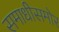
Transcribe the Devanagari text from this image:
समाधीसमोर